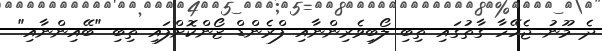
ދެ މޫނު ޖެހޭހާ ގާތުގައި ތިބި ލޯބިވެރިންނާއި ފްރެންޑް ޒޯންކޮށްފައި ތިބި "ބޭއިންނާއި"